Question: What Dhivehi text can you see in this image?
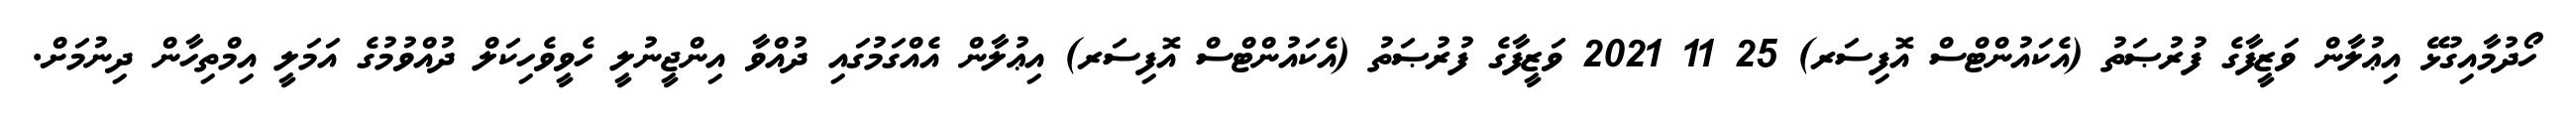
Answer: ހޯދުމާއިގުޅޭ އިޢުލާން ވަޒީފާގެ ފުރުޞަތު (އެކައުންޓްސް އޮފިސަރ) 25 11 2021 ވަޒީފާގެ ފުރުޞަތު (އެކައުންޓްސް އޮފިސަރ) އިޢުލާން އެއްގަމުގައި ދުއްވާ އިންޖީނުލީ ހެވީވެހިކަލް ދުއްވުމުގެ އަމަލީ އިމްތިހާން ދިނުމަށް.